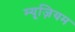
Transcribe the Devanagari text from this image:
म्‍यूज़ियम